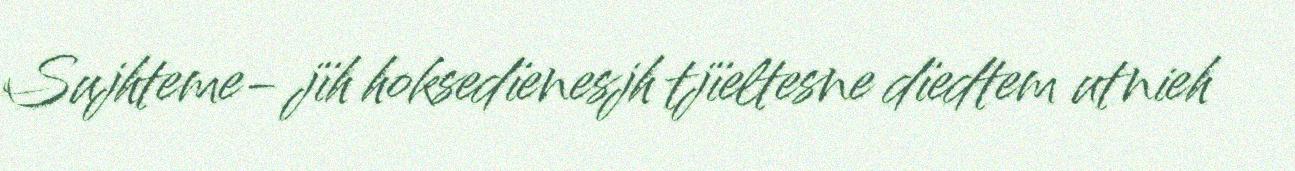
Sujhteme- jïh hoksedïenesjh tjïeltesne dïedtem utnieh